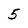
Character: 5